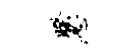
睽忍